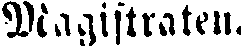
Magistraten.